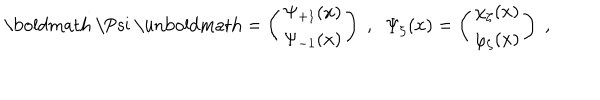
\mathrm { \boldmath ~ \Psi ~ \ u n b o l d m a t h } = \left( \begin{array} { c } { { \Psi _ { + 1 } ( x ) } } \\ { { \Psi _ { - 1 } ( x ) } } \\ \end{array} \right) \; , \; \; \Psi _ { \zeta } ( x ) = \left( \begin{array} { c } { { \chi _ { \zeta } ( x ) } } \\ { { \varphi _ { \zeta } ( x ) } } \\ \end{array} \right) \; ,